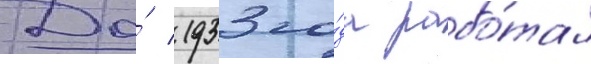
До́ 1933 го́да рабо́тал